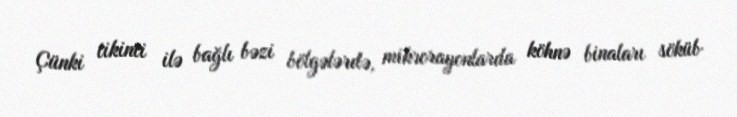
Çünki tikinti ilə bağlı bəzi bölgələrdə, mikrorayonlarda köhnə binaları söküb